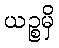
ယဉ္စမှိ